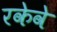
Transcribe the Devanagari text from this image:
रकेवे